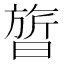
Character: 𬁩